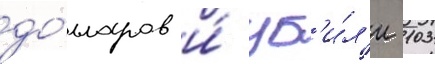
до́лларов и́ уб'и́л'и 103